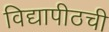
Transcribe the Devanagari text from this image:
विद्यापीठची